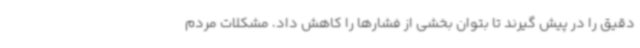
دقیق را در پیش گیرند تا بتوان بخشی از فشارها را کاهش داد، مشکلات مردم